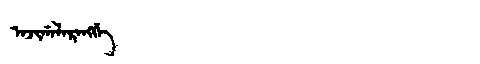
Manchu: ᠠᠵᡳᡤᠠᠯᠠᡵᠠᠩᡤᡝ
Romanization: AJIGALARANGGE